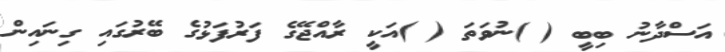
އަސްދާނު ބިބީ ( )ނުވަތަ ( )އަކީ ރާއްޖޭގެ ފަރުފަޅުގެ ބޭރުގައި ގިނައިން